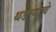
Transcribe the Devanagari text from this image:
थडग्याचे